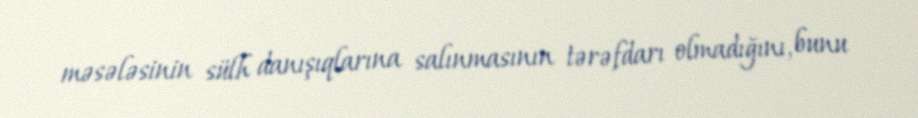
məsələsinin sülh danışıqlarına salınmasının tərəfdarı olmadığını, bunu